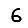
Digit: 6